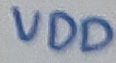
Text: VDD